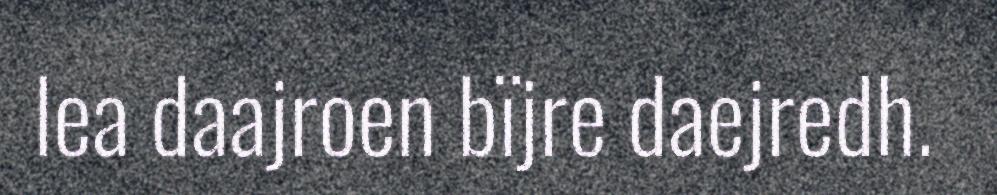
lea daajroen bïjre daejredh.